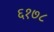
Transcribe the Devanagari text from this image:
६१७८